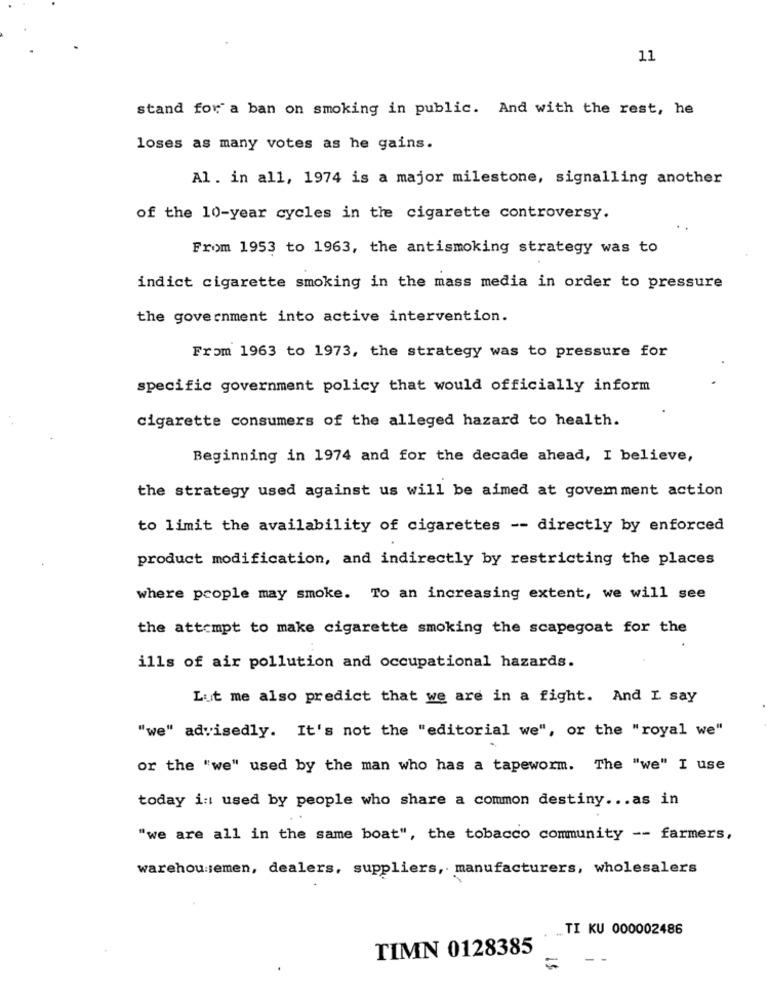
11
stand for a ban on smoking in public. And with the rest, he
loses as many votes as he gains.
Al. in all, 1974 is a major milestone, signalling another
of the 10-year cycles in the cigarette controversy.
From 1953 to 1963, the antismoking strategy was to
indict cigarette smoking in the mass media in order to pressure
the government into active intervention.
From 1963 to 1973, the strategy was to pressure for
specific government policy that would officially inform
cigarette consumers of the alleged hazard to health.
Beginning in 1974 and for the decade ahead, I believe,
the strategy used against us will be aimed at govem ment action
to limit the availability of cigarettes -- directly by enforced
product modification, and indirectly by restricting the places
where people may smoke. To an increasing extent, we will see
the attempt to make cigarette smoking the scapegoat for the
ills of air pollution and occupational hazards.
Lut me also predict that we are in a fight. And I say
"we" advisedly. It's not the "editorial we", or the "royal we"
or the "we" used by the man who has a tapeworm. The "we" I use
today i: used by people who share a common destiny ... as in
"we are all in the same boat", the tobacco community -- farmers,
warehousemen, dealers, suppliers, manufacturers, wholesalers
... TI KU 000002486
TIMN 0128385
- -
=